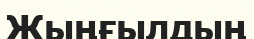
Жыңғылдың